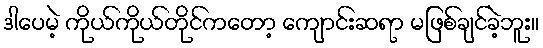
ဒါပေမဲ့ ကိုယ်ကိုယ်တိုင်ကတော့ ကျောင်းဆရာ မဖြစ်ချင်ခဲ့ဘူး။